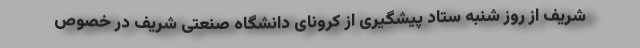
شریف از روز شنبه ستاد پیشگیری از کرونای دانشگاه صنعتی شریف در خصوص